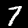
Label: 7